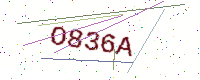
Text: O836A